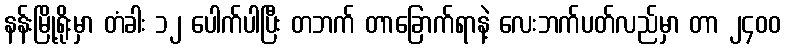
နန်းမြို့ရိုးမှာ တံခါး ၁၂ ပေါက်ပါပြီး တဘက် တာခြောက်ရာနဲ့ လေးဘက်ပတ်လည်မှာ တာ ၂၄၀၀